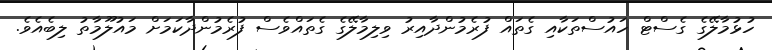
ހުޅުމާލޭގެ ގެސްޓް ހައުސްތަކާއި ގެތައް ފުރެމުންދާއިރު ވިލިމާލޭގެ ގެތައްވެސް ފުރެމުންދާކަމަށް މައުލޫމާތު ލިބެއެވެ.